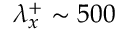
\lambda _ { x } ^ { + } \sim 5 0 0